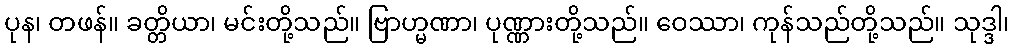
ပုန၊ တဖန်။ ခတ္တိယာ၊ မင်းတို့သည်။ ဗြာဟ္မဏာ၊ ပုဏ္ဏားတို့သည်။ ဝေဿာ၊ ကုန်သည်တို့သည်။ သုဒ္ဒါ၊